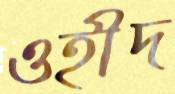
ওহীদ